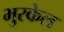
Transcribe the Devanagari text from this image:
भुरकेल